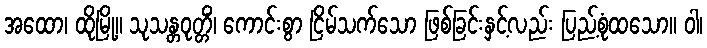
အထော၊ ထိုမြို့။ သုသန္တဝုတ္တိံ၊ ကောင်းစွာ ငြိမ်သက်သော ဖြစ်ခြင်းနှင့်လည်း ပြည့်စုံထသော။ ဝါ၊